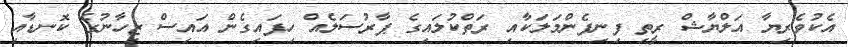
އެކުވެރިޔާ އަލްޔާޝް ރީތި ފިނިފެންމަލަކާއި ރަތްކުލައިގެ ޕާރުސަލެއް ހިފައިގެން އައިސް ޒިހާނުގެ ކޮނޑާއި